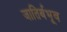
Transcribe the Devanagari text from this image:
जातिर्बभूव